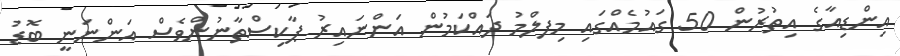
އިންޑިއާގެ އިތުރުން 50 ގައުމެއްގައި މިފލްމު ދައްކަމުން އަންނައިރު ޕާކިސްތާނުންވެސް އަންނަނީ ބޮޑު